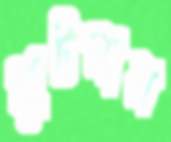
কুটলাম